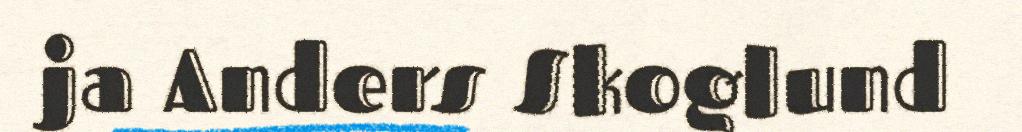
ja Anders Skoglund